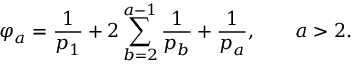
\varphi _ { a } = \frac { 1 } { p _ { 1 } } + 2 \sum _ { b = 2 } ^ { a - 1 } \frac { 1 } { p _ { b } } + \frac { 1 } { p _ { a } } , \qquad a > 2 .